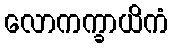
လောကက္ခာယိကံ